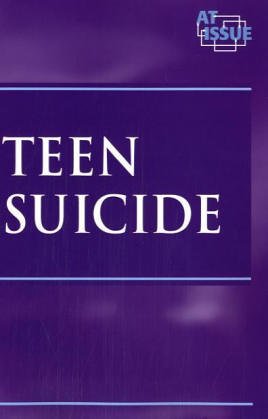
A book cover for Teen Suicide (At Issue Series); Teen & Young Adult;